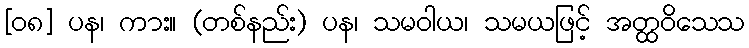
[၀၈] ပန၊ ကား။ (တစ်နည်း) ပန၊ သမဝါယ၊ သမယဖြင့် အတ္ထဝိသေသ